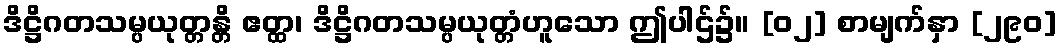
ဒိဋ္ဌိဂတသမ္ပယုတ္တန္တိ ဧတ္ထ၊ ဒိဋ္ဌိဂတသမ္ပယုတ္တံဟူသော ဤပါဌ်၌။ [၀၂] စာမျက်နှာ [၂၉၀]